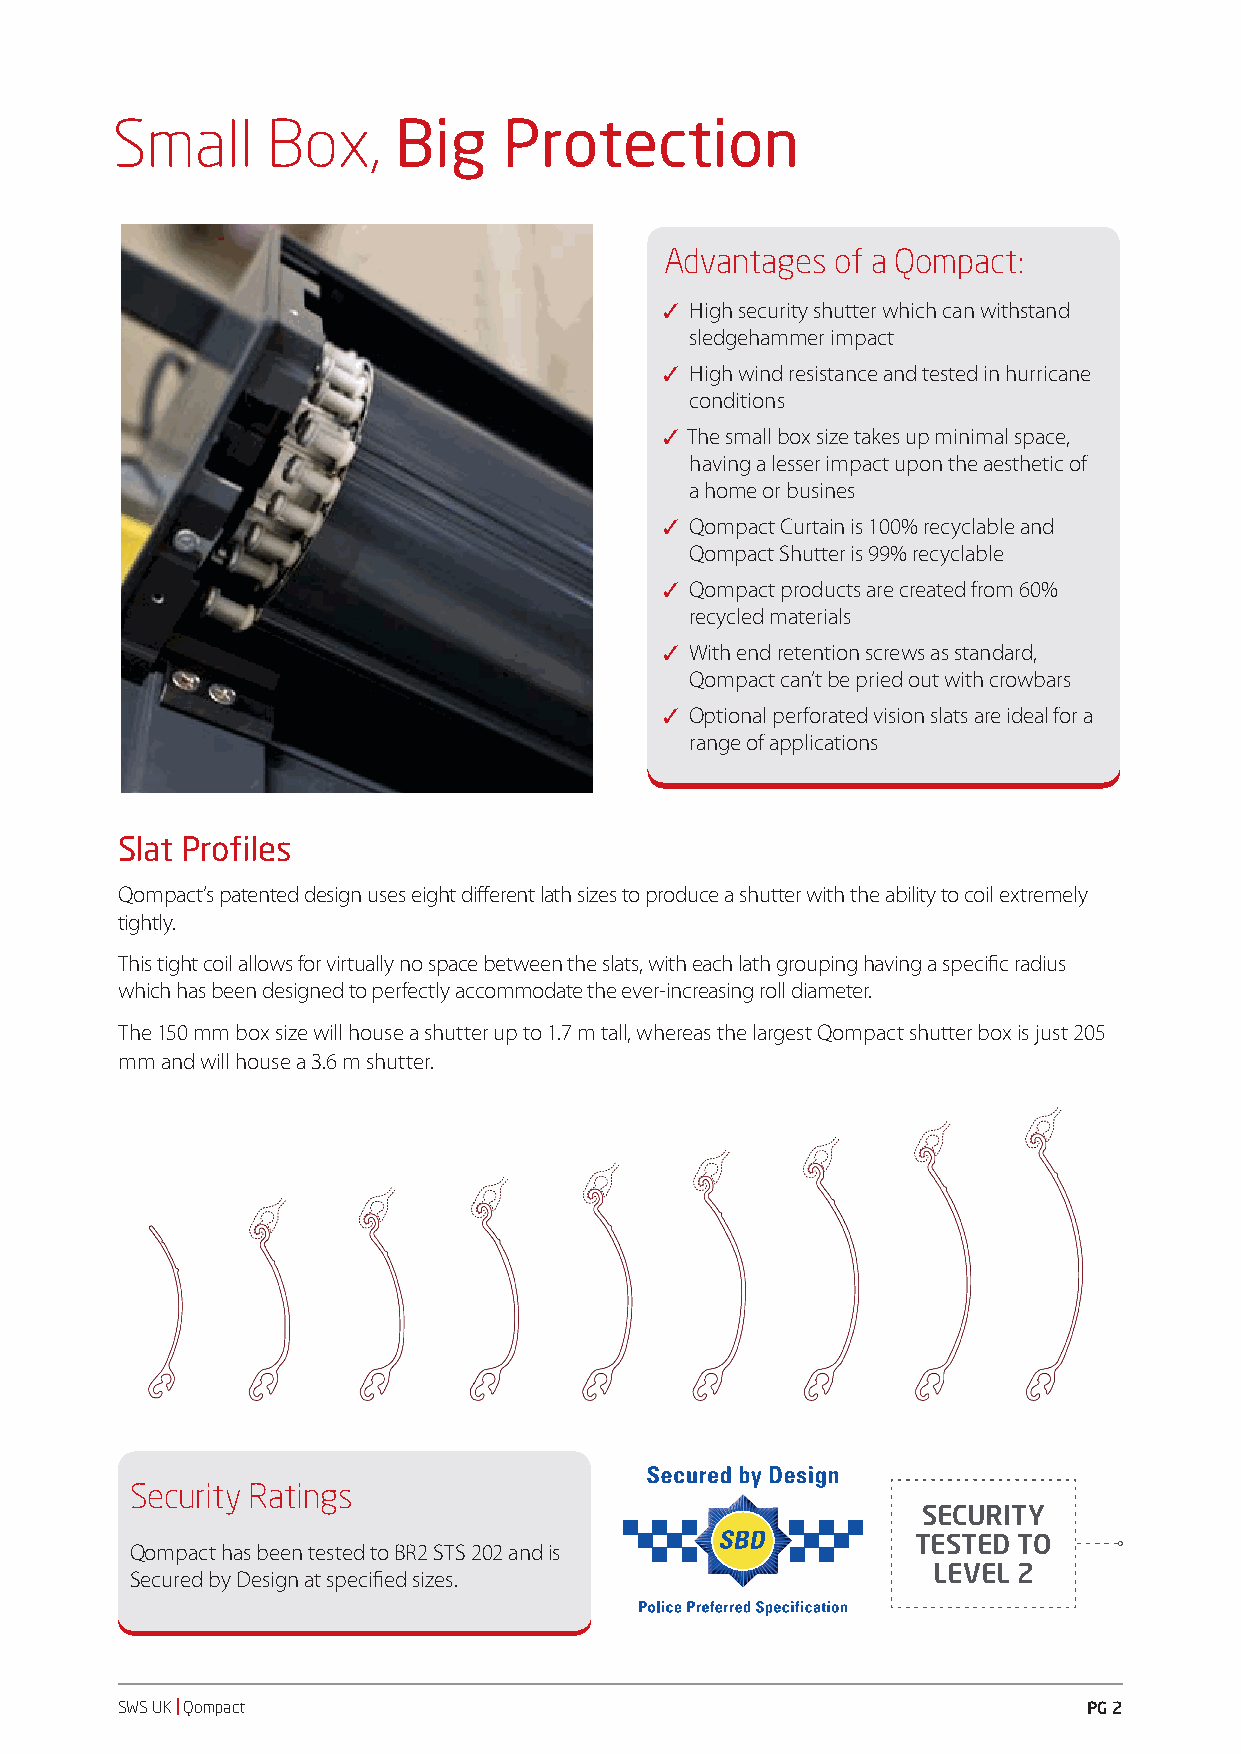
Small      Box,    Big    Protection
 Advantages of a Qompact:
 ✓✓High security shutter which can withstand
 sledgehammer impact
 ✓✓High wind resistance and tested in hurricane
 conditions
 ✓✓The small box size takes up minimal space,
 having a lesser impact upon the aesthetic of
 a home or busines
 ✓✓Qompact Curtain is 100% recyclable and
 Qompact Shutter is 99% recyclable
 ✓✓Qompact products are created from 60%
 recycled materials
 ✓✓With end retention screws as standard,
 Qompact can’t be pried out with crowbars
 ✓✓Optional perforated vision slats are ideal for a
 range of applications
 Slat Profiles
 Qompact’s patented design uses eight different lath sizes to produce a shutter with the ability to coil extremely
 tightly.
 This tight coil allows for virtually no space between the slats, with each lath grouping having a specific radius
 which has been designed to perfectly accommodate the ever-increasing roll diameter.
 The 150 mm box size will house a shutter up to 1.7 m tall, whereas the largest Qompact shutter box is just 205
 mm and will house a 3.6 m shutter.
 Security Ratings
 SECURITY
 TESTED TO
 Qompact has been tested to BR2 STS 202 and is
 LEVEL 2
 Secured by Design at specified sizes.
 SWS UK | Qompact                                                PG 2